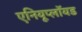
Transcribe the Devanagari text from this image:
एनियूप्लॉयड